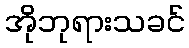
အိုဘုရားသခင်